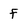
Character: f